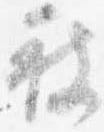
被